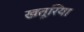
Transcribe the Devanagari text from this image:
खतूरिया